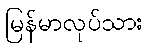
မြန်မာလုပ်သား